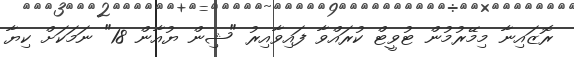
ރޮޒައިނާ މިމޭރުމުން ޓުވީޓް ކުރައްވާ ފައިވާއިރު "ޝިން ޔުއާން 18" ނަމަކަށް ކިޔާ